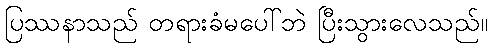
ပြဿနာသည် တရားခံမပေါ်ဘဲ ပြီးသွားလေသည်။